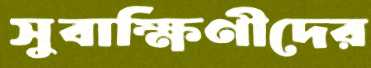
সুবাক্ষিণীদের